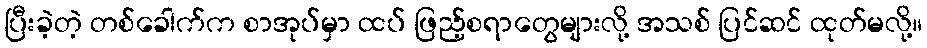
ပြီးခဲ့တဲ့ တစ်ခေါက်က စာအုပ်မှာ ထပ် ဖြည့်စရာတွေများလို့ အသစ် ပြင်ဆင် ထုတ်မလို့။